Bréfritari: Ásgeir Tryggvi Friðgeirsson
Viðtakandi: Einar Friðgeirsson
Dagsetning: A-1883-06-03
Skrifað á: Garði  S-Þing.
Ásgeir er bróðir Einars

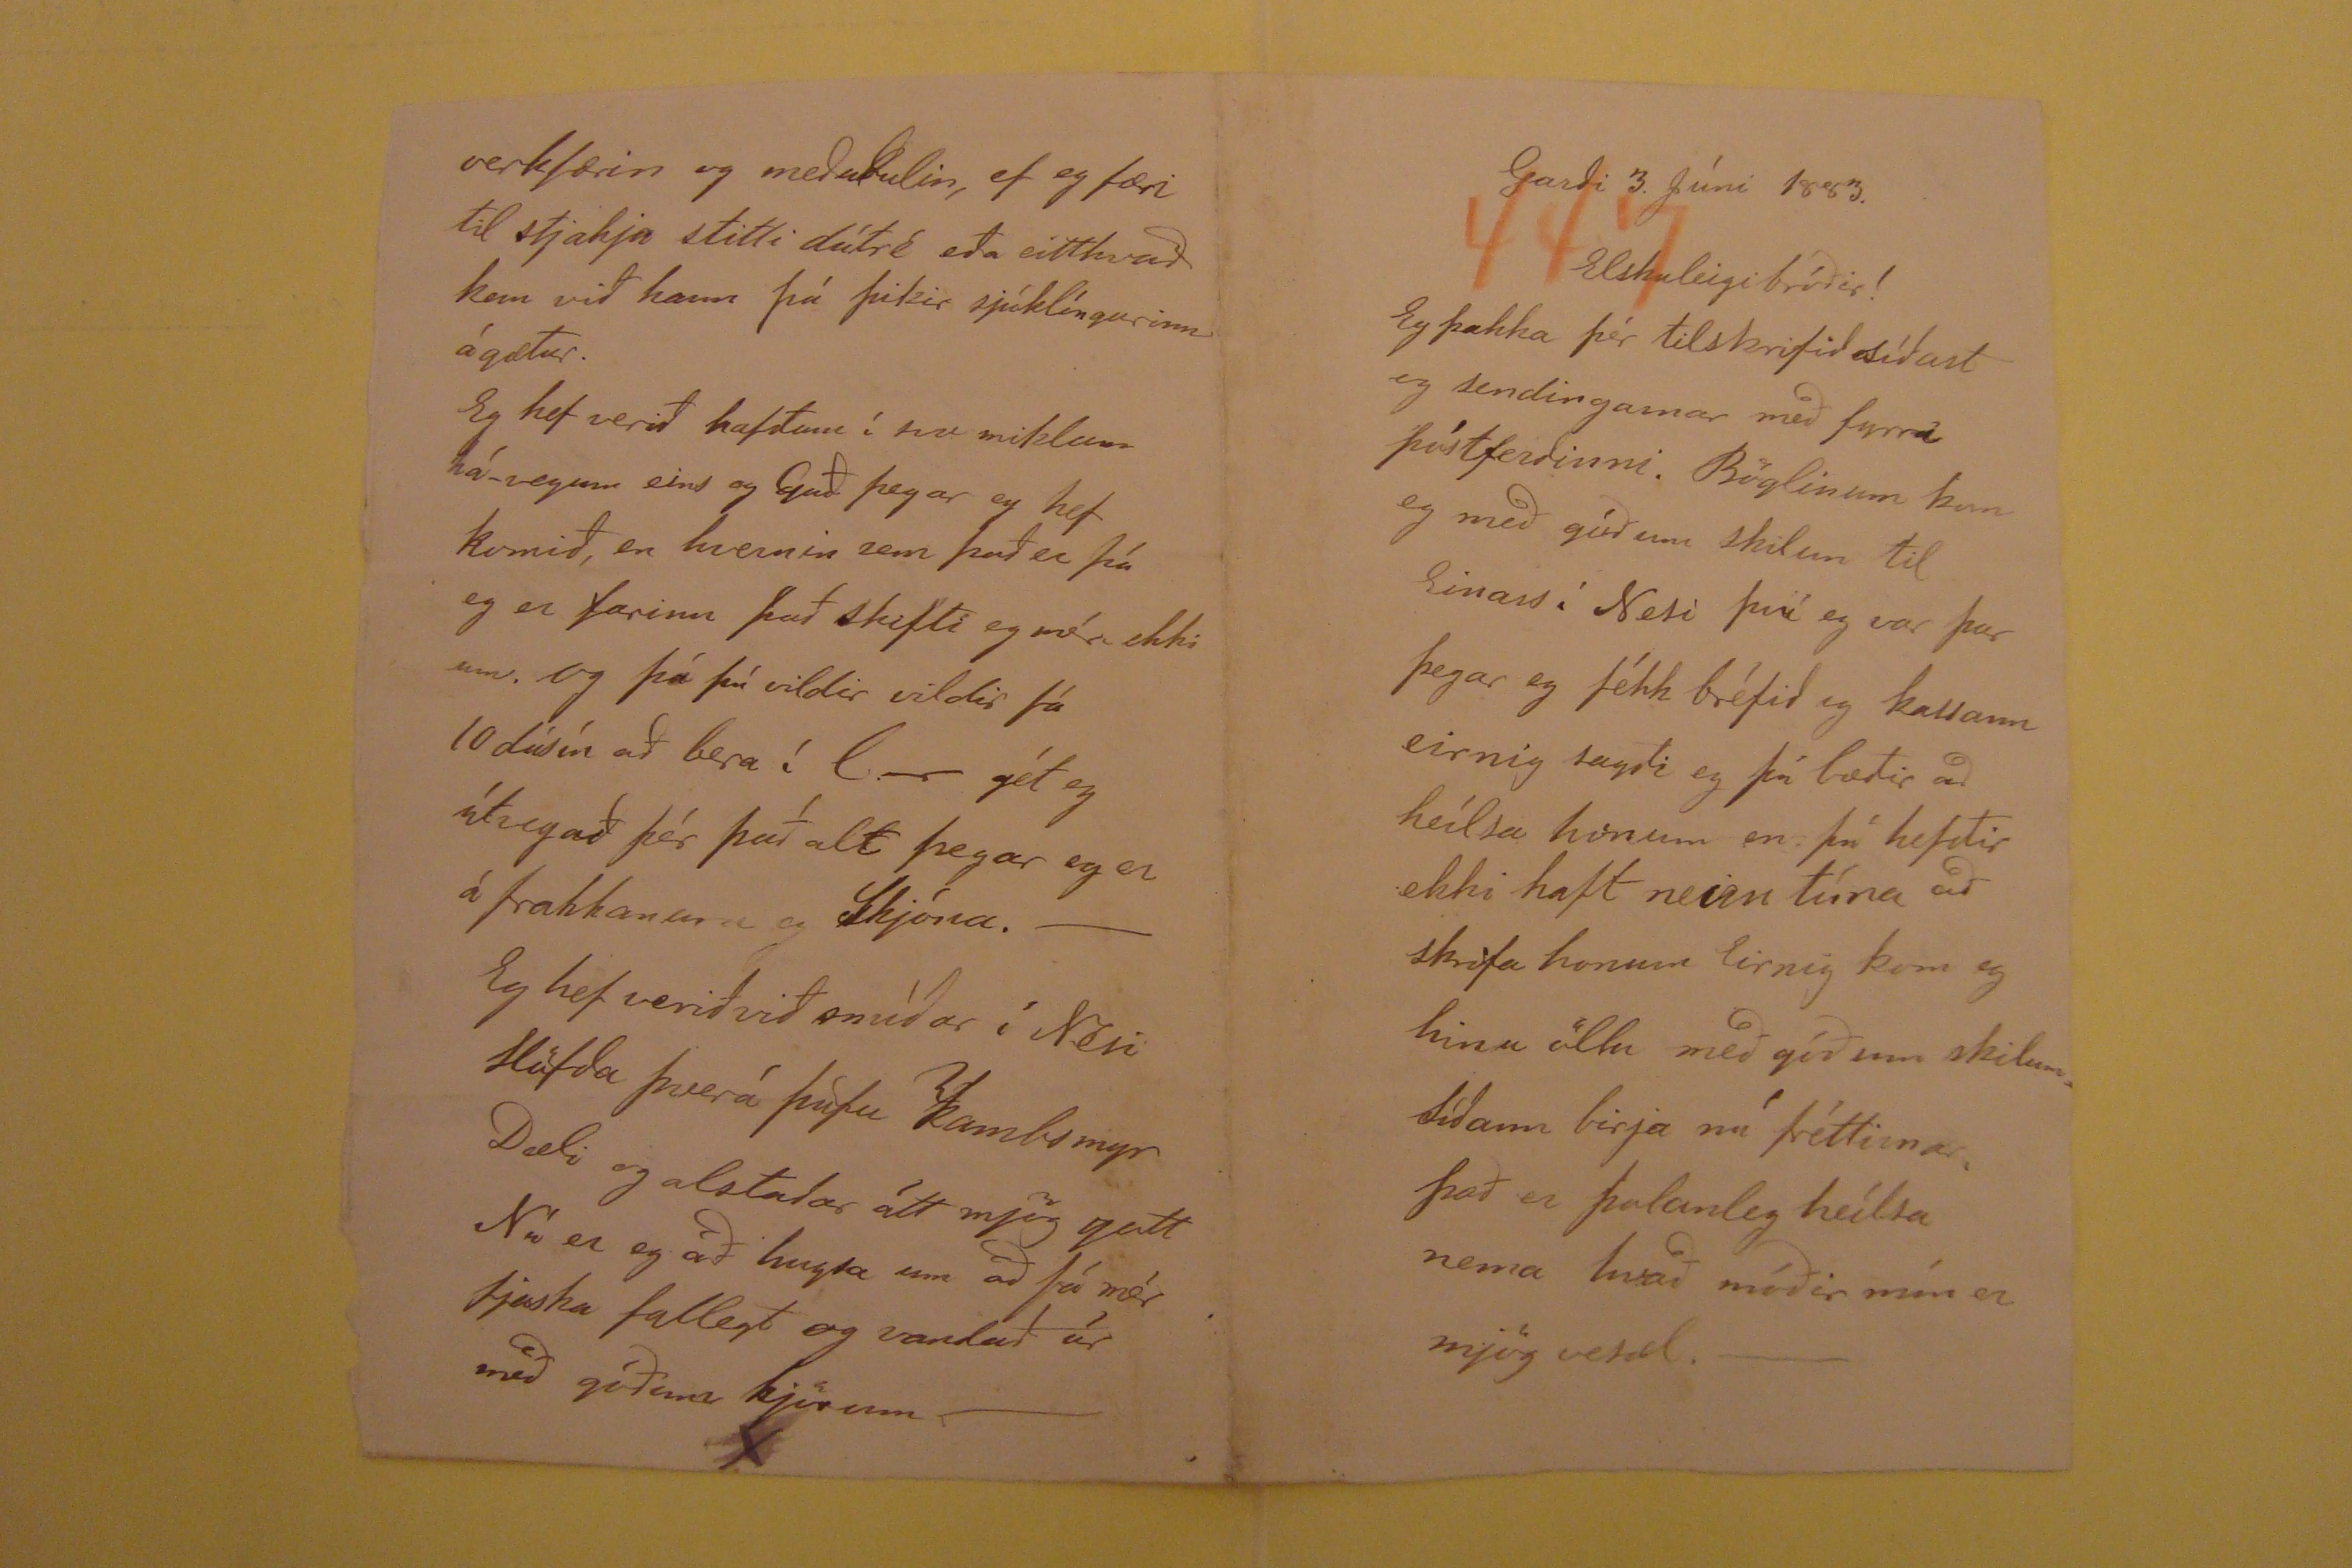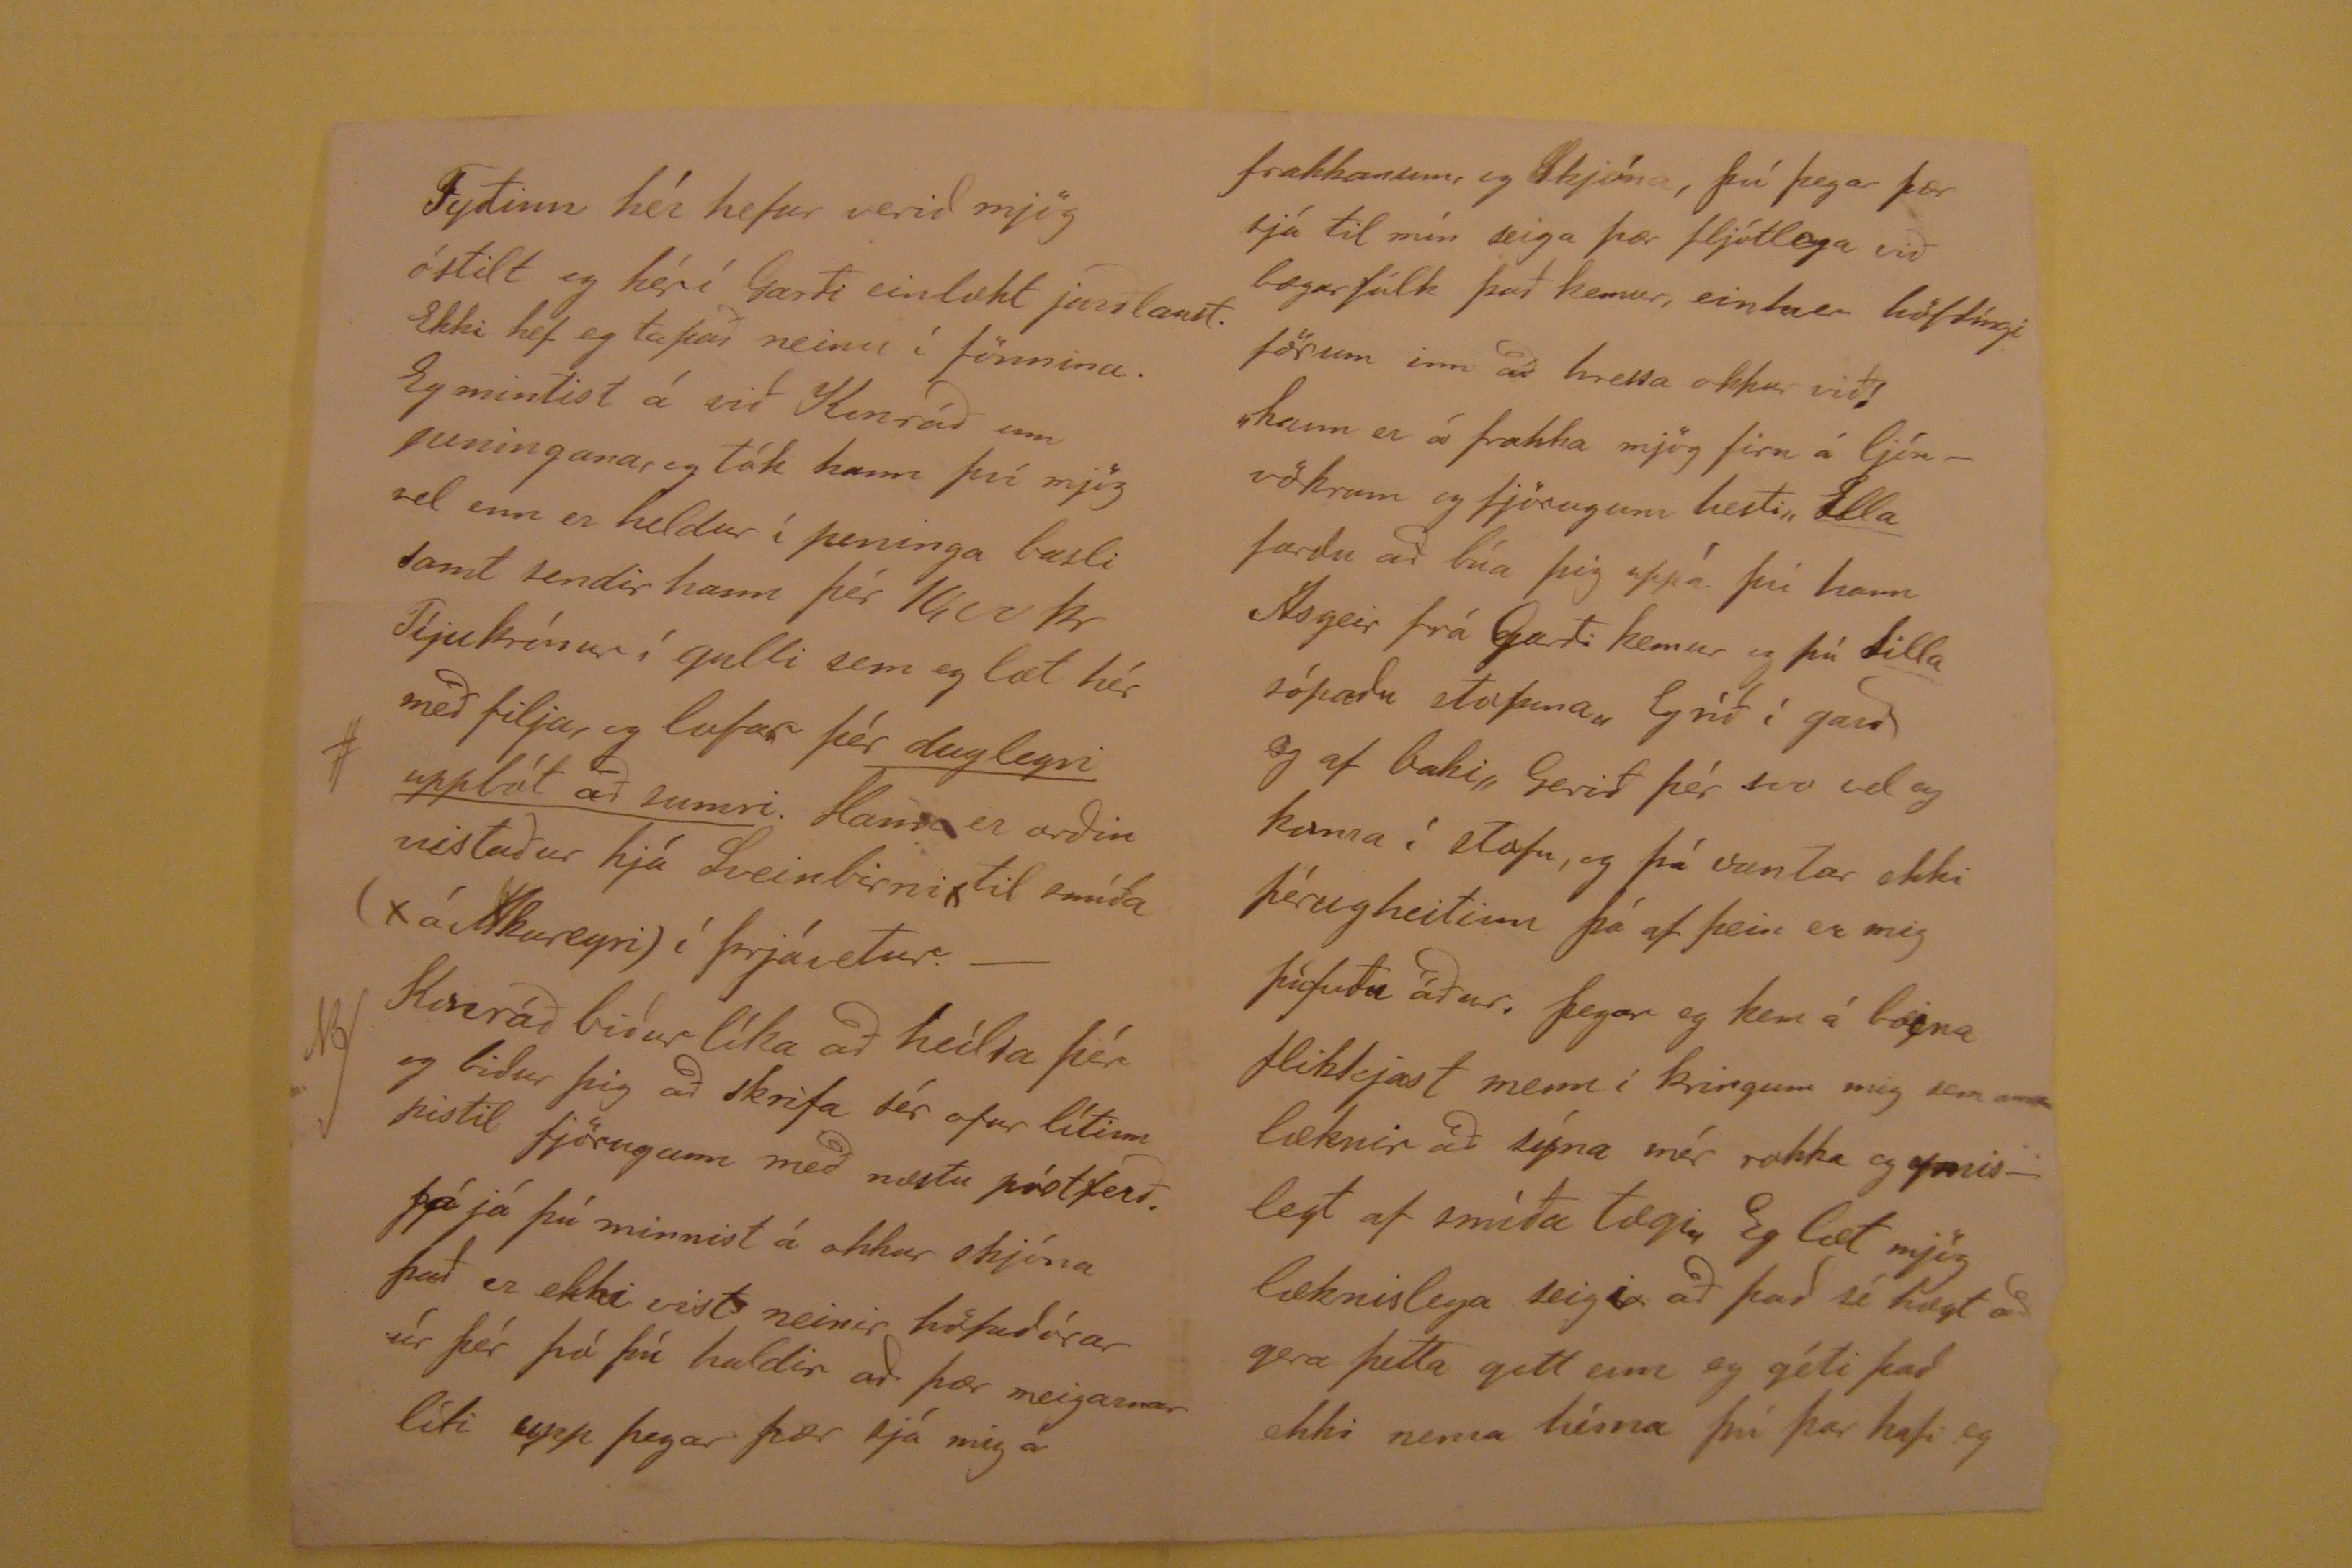

Garði 3. Júni 1883
Elskuleigi bróðir!
Eg þakka þér tilskrifið síðast og sendingarnar með fyrri póstferðinni. Böglinum kun og með góðum skilum til Einars í Nesi því eg var þar þegar eg fékk bréfið
og kassann eirnig sagði og þá bætir að heílsa honum en þú hefðir ekki haft neirn tíma að skrifa honum Eirnig kom eg hinu öllu með góðum skilum. Síðann birja nú
fréttirnar. Það er þolanleg heílsa nema hvað móðir mín er mjög vesæl.-
Tyðinn
hér hefur verið mjög óstilt og hér í Garði einlækt jarðlaust. Ekki hef eg tapað neinu í fönnina. Eg mintist á við Konráð um peningana,
og tók hann því mjög vel enn er heldur í peninga basli samt sendir hann þér 10,00kr Tíjukrónur í gulli sem eg læt hér með filja, og lofar þér
duglegri upplát að sumri.
#
Hann er orðin vistaður hjá Sveinbirni, til smíða (x á Akureyri) í þrjávetur.-
Konráð biður líka að heílsa þér og biður þig að skrifa sér ofur lítinn pistil fjörugann með næstu póstferð.
No/
Já já
þú minnist á okkur skjóna það er ekki vist neinir höuðórar úr þér þá þú haldir að þær meigarnar líti upp þegar þær sjá mig á
frakkanum, og Skjóna, þú þegar þær sjá til mín siega þær fljótlega við bægarfólk það kemur, einhver höfðíngi förum inn að hressa okkur við! "hann er á frakka
mjög firn á ljónvökrum og fjörugum hesti"
Ella
færðu að búa þig uppá þú hann Ásgeir frá Garði kemur og þú
Silla sópaðu stpfuna" Eg ríð í garð og af baki" Gerið þér svo vel og koma í stofn, og þá vantar ekki þérugheitinn þá af þein er mig
púfuðu
áður. Þegar eg kem á bæina flikkjast menn í kringum mig sem
annar
læknir að sýna mér rokka og ymislegt af smíða tægi, Eg læt mjög læknislega
seigir að það sé hægt að gera þetta gott enn eg géti það ekki nema hérna þú þar hafi eg
verkfærin og meðulin, ef eg færi til stjakja stitti dútré eða eitthvað kem við hann þá þikir sjúklíngurinn ágætur. Eg hef verið hafðann í svo miklum há-vegum
eins og Guð þegar eg hef komið, en hvernin sem það er þá eg er farinn það skifti eg
vór
ekki um. Og þá þú vildir vildir fá 10 dúsín að bera í
???
gét eg útvegað þér það alt þegar eg er á frakkanum og Skjóna.- Eg hef verið við smíðar í Nesi Höfða Þverá Þúfu Kambsmyr Dæli og alstaðar
átt mjög gott Nú er eg að hugsa um að fá mér fjaska fallegt og vandað úr með góðum kjörum --
X